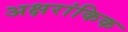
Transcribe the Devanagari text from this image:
अक्षरांकिक